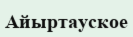
Айыртауское